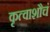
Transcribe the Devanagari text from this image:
कृत्वाशौचं